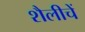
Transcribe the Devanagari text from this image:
शैलीचें